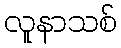
လူနာသစ်